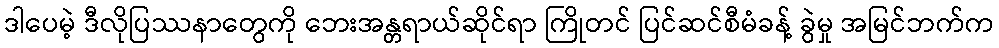
ဒါပေမဲ့ ဒီလိုပြဿနာတွေကို ဘေးအန္တရာယ်ဆိုင်ရာ ကြိုတင် ပြင်ဆင်စီမံခန့် ခွဲမှု အမြင်ဘက်က